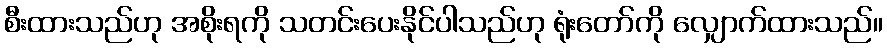
စီးထားသည်ဟု အစိုးရကို သတင်းပေးနိုင်ပါသည်ဟု ရုံးတော်ကို လျှောက်ထားသည်။